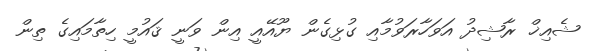
ޝެއިޚް ރާޝިދު އަވަހާރަވުމާއި ގުޅިގެން ޔޫއޭއީ އިން ވަނީ ޤައުމީ ހިތާމައިގެ ތިން